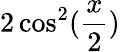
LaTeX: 2\cos^{2}(\frac{x}{2})